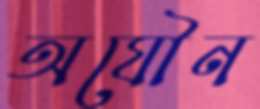
অযৌন